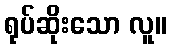
ရုပ်ဆိုးသော လူ။